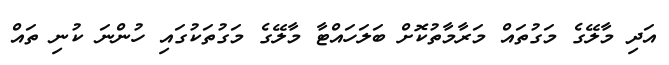
އަދި މާލޭގެ މަގުތައް މަރާމާތުކޮށް ބަލަހައްޓާ މާލޭގެ މަގުތަކުގައި ހުންނަ ކުނި ތައް